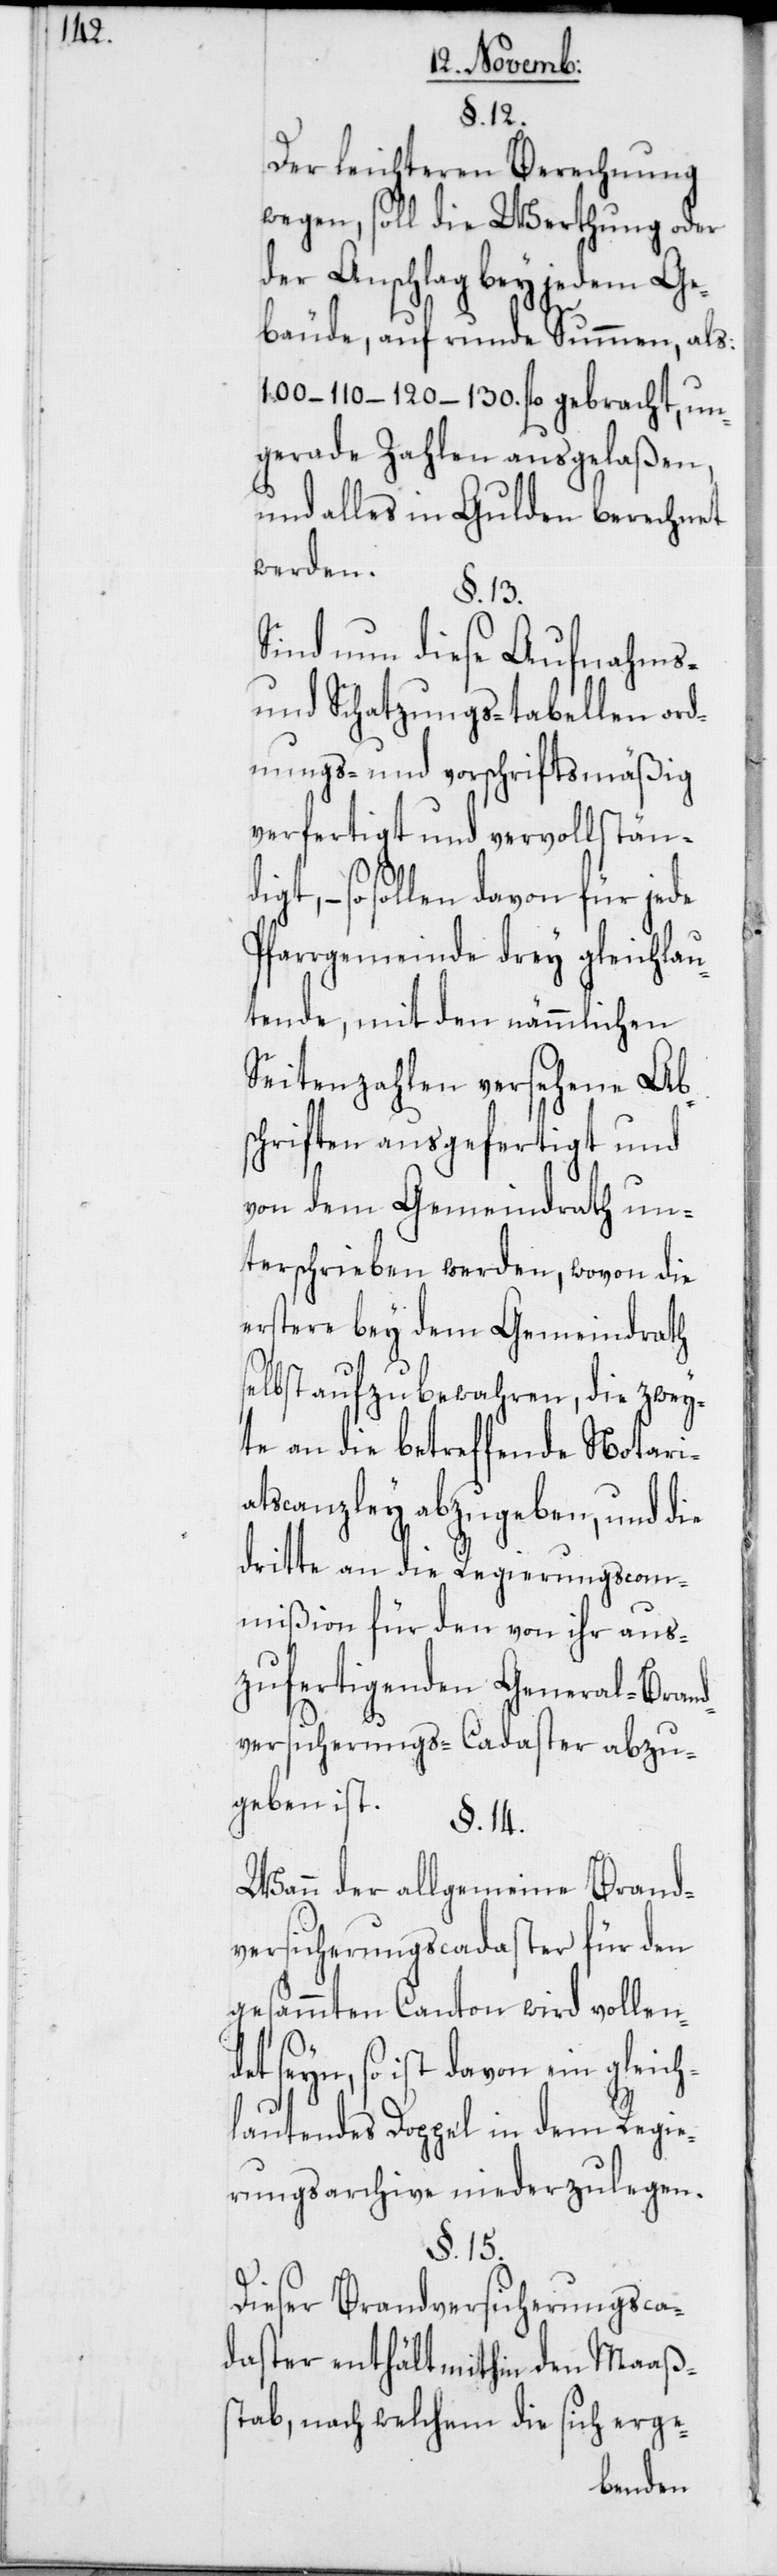
§. 12.
Der leichteren Berechnung
wegen, soll die Werthung oder
der Anschlag bey jedem Ge¬
bäude, auf runde Summen, als:
100 – 110 – 120 –130. fl. gebracht, un¬
gerade Zahlen ausgelaßen,
und alles in Gulden berechnet
werden.
§. 13.
Sind nun diese Aufnahms-
und Schatzungs-tabellen ord¬
nungs- und vorschriftmäßig
verfertigt und vervollständi¬
gt, – so sollen davon für jede
Pfarrgemeinde drey gleichlau¬
tende, mit den nämmlichen
Seitenzahlen versehene Ab¬
schriften ausgefertigt und
von dem Gemeindrath un¬
terschrieben werden, wovon die
erstere bey dem Gemeindrath
selbst aufzubewahren, die zwey¬
te an die betreffende Notari¬
atscanzley abzugeben, und die
dritte an die Regierungscom¬
mißion für den von ihr aus¬
zufertigenden General-Brand¬
versicherungs-Cadaster abzu¬
geben ist.
§. 14.
Wann der allgemeine Brand¬
versicherungscadaster für den
gesammten Canton wird vollend¬
et seyn, so ist davon ein gleich¬
lautendes Doppel in dem Regie¬
rungsarchive niederzulegen.
§. 15.
Dieser Brandversicherungsca¬
daster enthält mithin den Maaß¬
stab, nach welchem die sich erge-